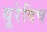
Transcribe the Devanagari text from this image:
यूरेविच